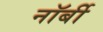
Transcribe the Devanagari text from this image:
नॉर्बी